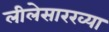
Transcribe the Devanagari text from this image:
लीलेसारख्या